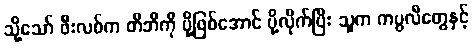
သို့သော် ဖီးလစ်က တီဘီကို ပို့ဖြစ်အောင် ပို့လိုက်ပြီး သူက ကပ္ပလီတွေနှင့်